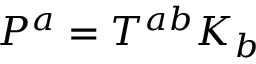
P ^ { a } = T ^ { a b } K _ { b }